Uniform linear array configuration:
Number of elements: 32
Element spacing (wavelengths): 0.75
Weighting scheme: blackman
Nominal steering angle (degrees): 0
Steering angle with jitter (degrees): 1.97
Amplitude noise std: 0.05
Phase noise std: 0.05

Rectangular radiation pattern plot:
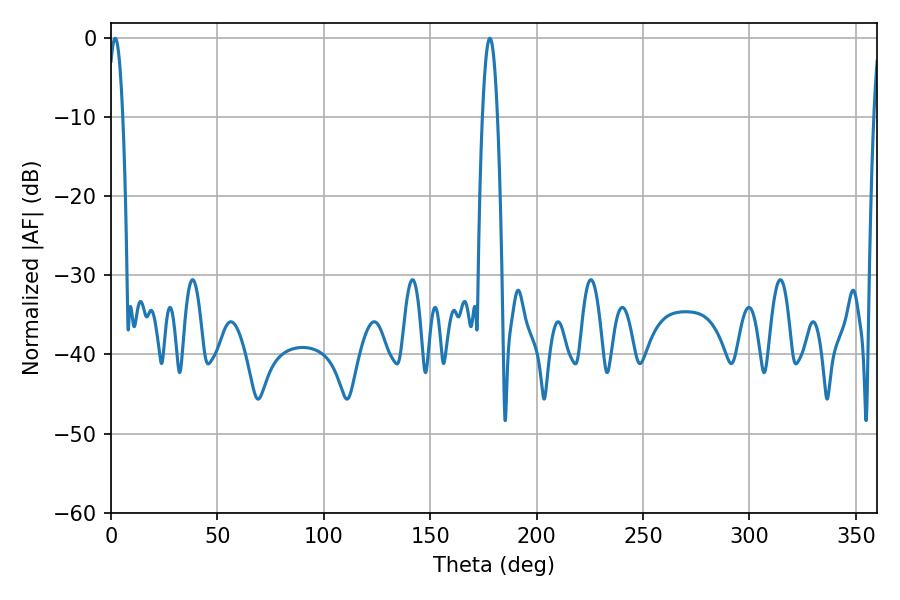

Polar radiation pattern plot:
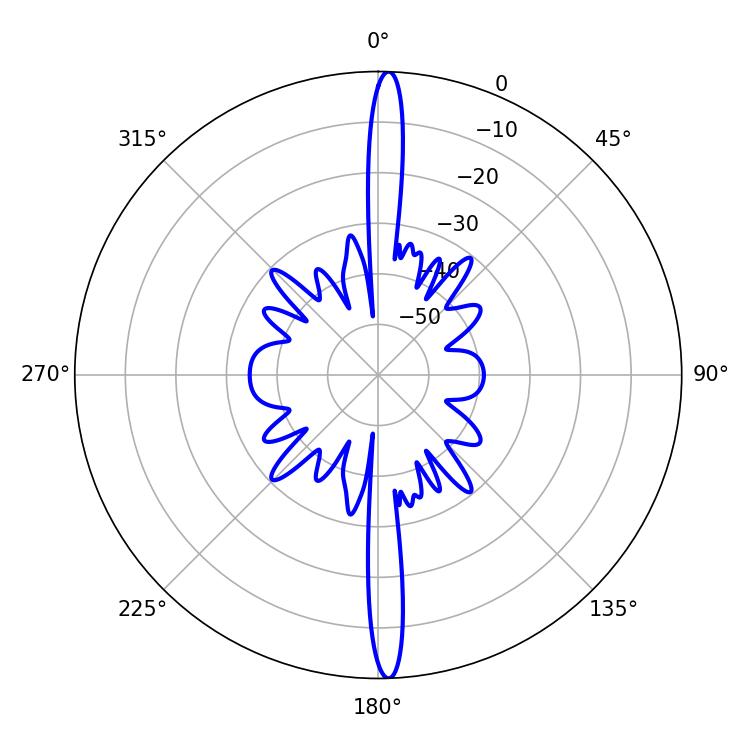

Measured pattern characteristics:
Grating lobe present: TRUE
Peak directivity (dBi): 26.106
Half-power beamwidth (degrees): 3.96
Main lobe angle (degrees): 178.02